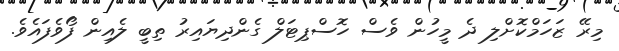
މިރޭ ޒަހަމްކޮށްލި ދެ މީހުން ވެސް ހޮސްޕިޓަލް ގެންދިޔައިރު ތިބީ ލެއިން ފޯވެފައެވެ.